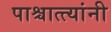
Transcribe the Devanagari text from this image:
पाश्चात्त्यांनी